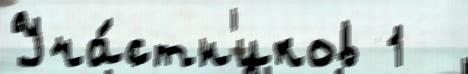
Уча́стн'иков 1